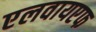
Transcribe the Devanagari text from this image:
एलवायएफ